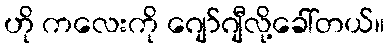
ဟို ကလေးကို ဂျော်ဂျီလို့ခေါ်တယ်။